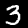
Digit: 3